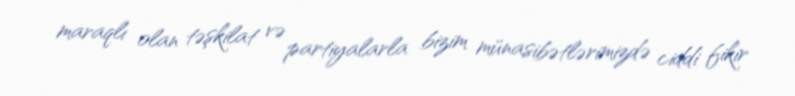
maraqlı olan təşkilat və partiyalarla bizim münasibətlərimizdə ciddi fikir